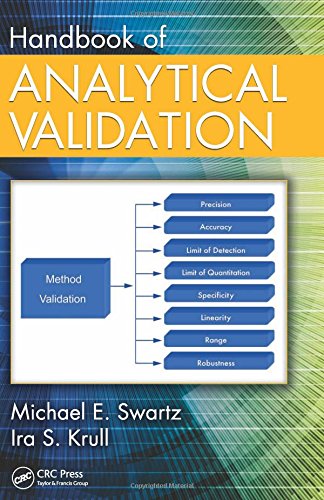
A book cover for Handbook of Analytical Validation; Michael E. Swartz; Science & Math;